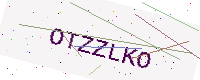
Text: OTZZLKO